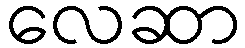
လေဆာ